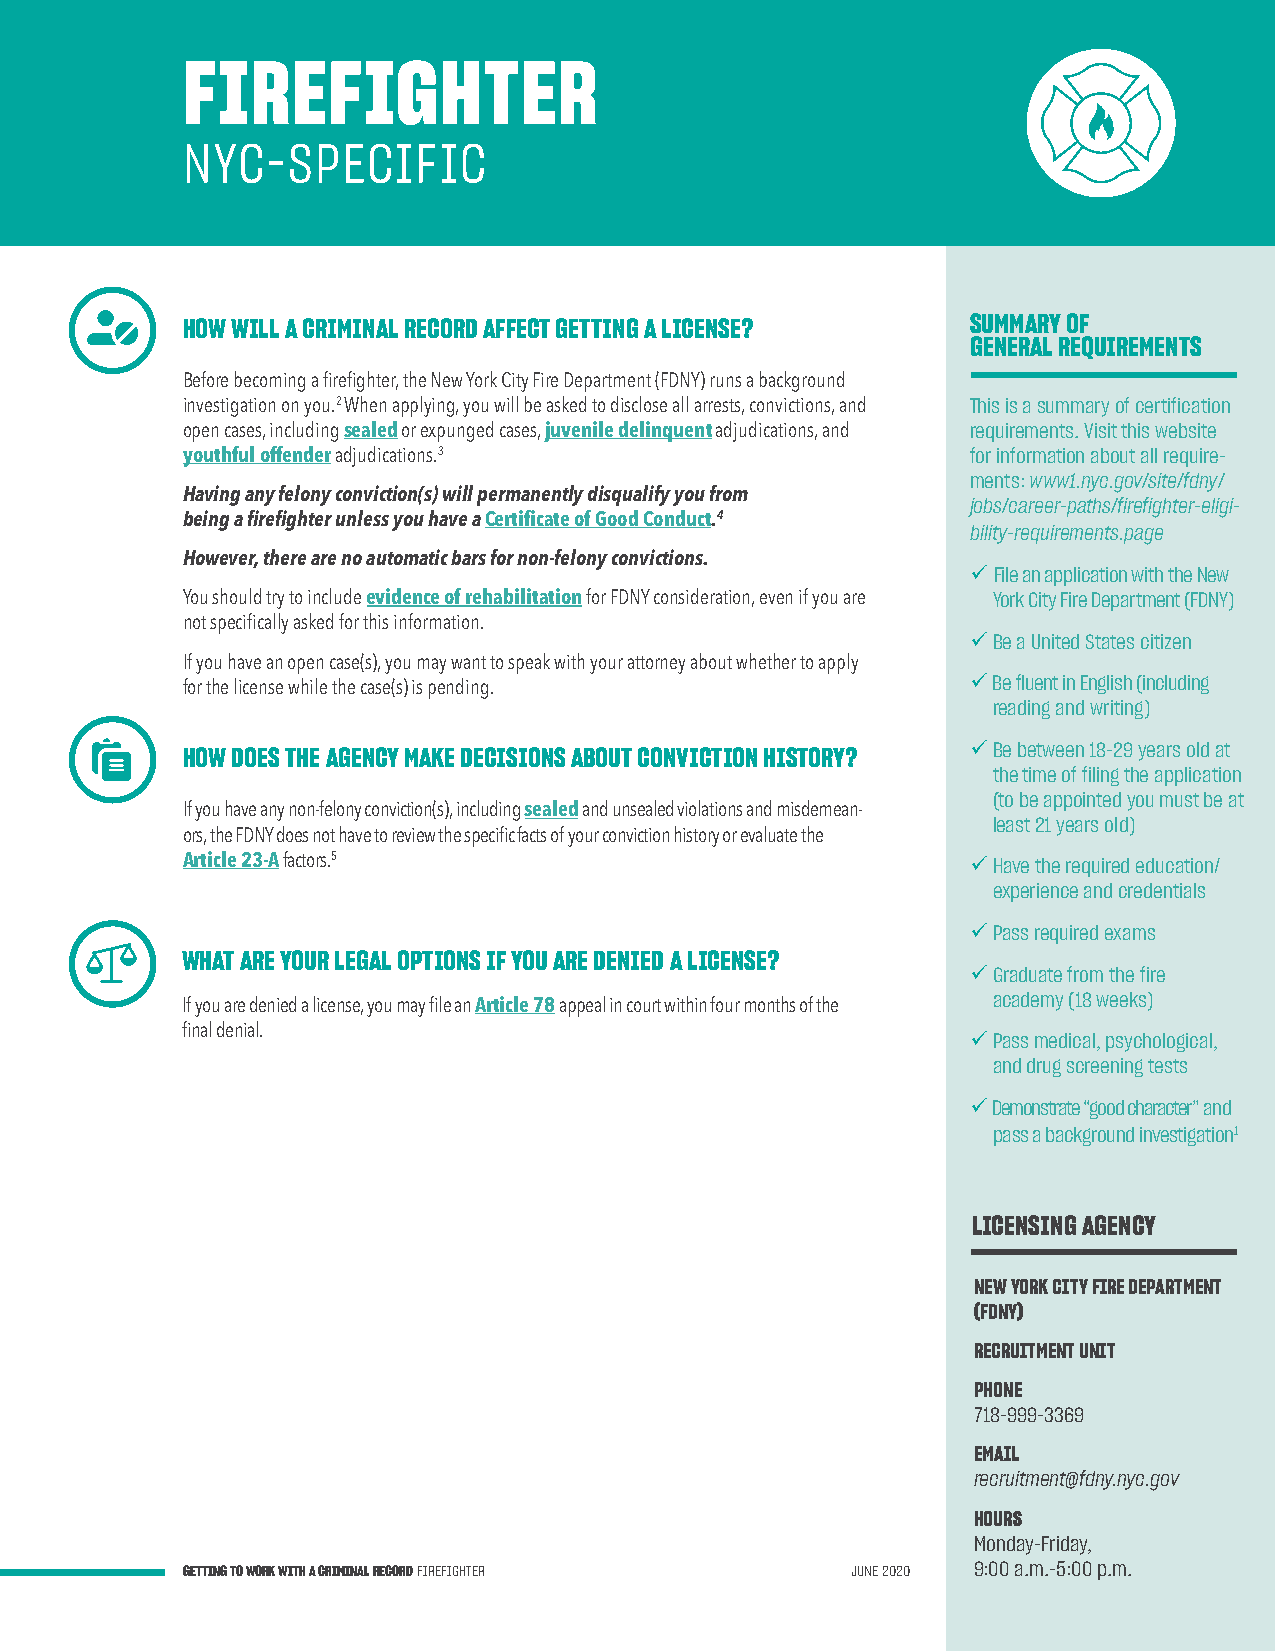
FIREFIGHTER
 NYC-SPECIFIC
 HOW WILL A CRIMINAL RECORD AFFECT GETTING A LICENSE? SUMMARY OF
 GENERAL REQUIREMENTS
 Before becoming a firefighter, the New York City Fire Department (FDNY) runs a background
 investigation on you.2 When applying, you will be asked to disclose all arrests, convictions, and This is a summary of certification
 open cases, including sealed or expunged cases, juvenile delinquent adjudications, and requirements. Visit this website
 youthful offender adjudications.3                   for information about all require-
 ments: www1.nyc.gov/site/fdny/
 Having any felony conviction(s) will permanently disqualify you from
 jobs/career-paths/firefighter-eligi-
 being a firefighter unless you have a Certificate of Good Conduct.4
 bility-requirements.page
 However, there are no automatic bars for non-felony convictions.
 üFile an application with the New
 You should try to include evidence of rehabilitation for FDNY consideration, even if you are York City Fire Department (FDNY)
 not specifically asked for this information.
 üBe a United States citizen
 If you have an open case(s), you may want to speak with your attorney about whether to apply
 ü Be fluent in English (including
 for the license while the case(s) is pending.
 reading and writing)
 üBe between 18-29 years old at
 HOW DOES THE AGENCY MAKE DECISIONS ABOUT CONVICTION HISTORY?
 the time of filing the application
 (to be appointed you must be at
 If you have any non-felony conviction(s), including sealed and unsealed violations and misdemean-
 least 21 years old)
 ors, the FDNY does not have to review the specific facts of your conviction history or evaluate the
 Article 23-A factors.5                              üHave the required education/
 experience and credentials
 üPass required exams
 WHAT ARE YOUR LEGAL OPTIONS IF YOU ARE DENIED A LICENSE?
 üGraduate from the fire
 If you are denied a license, you may file an Article 78 appeal in court within four months of the academy (18 weeks)
 final denial.                                       üPass medical, psychological,
 and drug screening tests
 ü Demonstrate “good character” and
 pass a background investigation1
 LICENSING AGENCY
 NEW YORK CITY FIRE DEPARTMENT
 (FDNY)
 RECRUITMENT UNIT
 PHONE
 718-999-3369
 EMAIL
 recruitment@fdny.nyc.gov
 HOURS
 Monday-Friday,
 GETTING TO WORK WITH A CRIMINAL RECORD FIREFIGHTER JUNE 2020 9:00 a.m.-5:00 p.m.